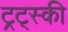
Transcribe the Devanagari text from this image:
ट्रट्स्की